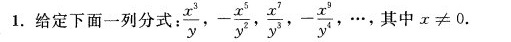
1.给定下面一列分式：\frac{x^3}{y},\frac{-x^5}{y^2},\frac{x^7}{y^3},\frac{-x^9}{y^4},…,